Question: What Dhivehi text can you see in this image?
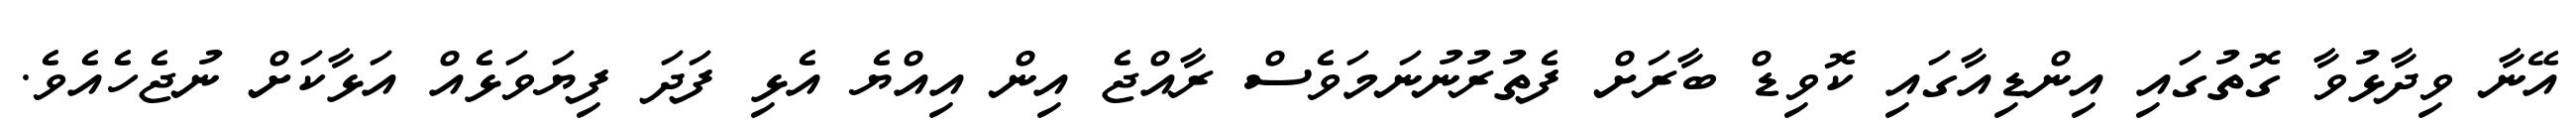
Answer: އޭނާ ވިދާޅުވާ ގޮތުގައި އިންޑިއާގައި ކޮވިޑް ބާރަށް ފެތުރުނުނަމަވެސް ރާއްޖެ އިން އިއްޔެ އެޅި ފަދަ ފިޔަވަޅެއް އަޅާކަށް ނުޖެހެއެވެ.